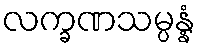
လက္ခဏသမ္ပန္နံ